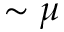
\sim \mu